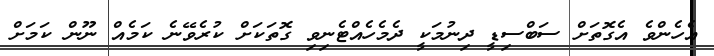
އެެހެންވެ އެގޮތަށް ސަބްސިޑީ ދިނުމަކީ ދެމެހެއްޓެނިވި ގޮތަކަށް ކުރެވޭނެ ކަމެއް ނޫން ކަމަށް